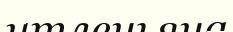
нтленьяна